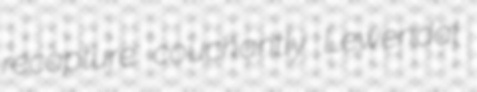
recapture couchantly Lewendal